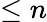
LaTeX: \leq n